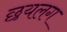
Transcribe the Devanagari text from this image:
छयलग